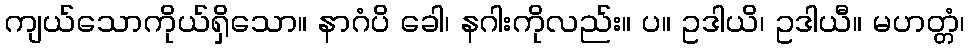
ကျယ်သောကိုယ်ရှိသော။ နာဂံပိ ခေါ၊ နဂါးကိုလည်း။ ပ။ ဥဒါယိ၊ ဥဒါယီ။ မဟတ္တံ၊